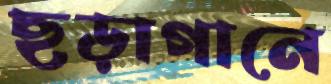
ছড়াগানে